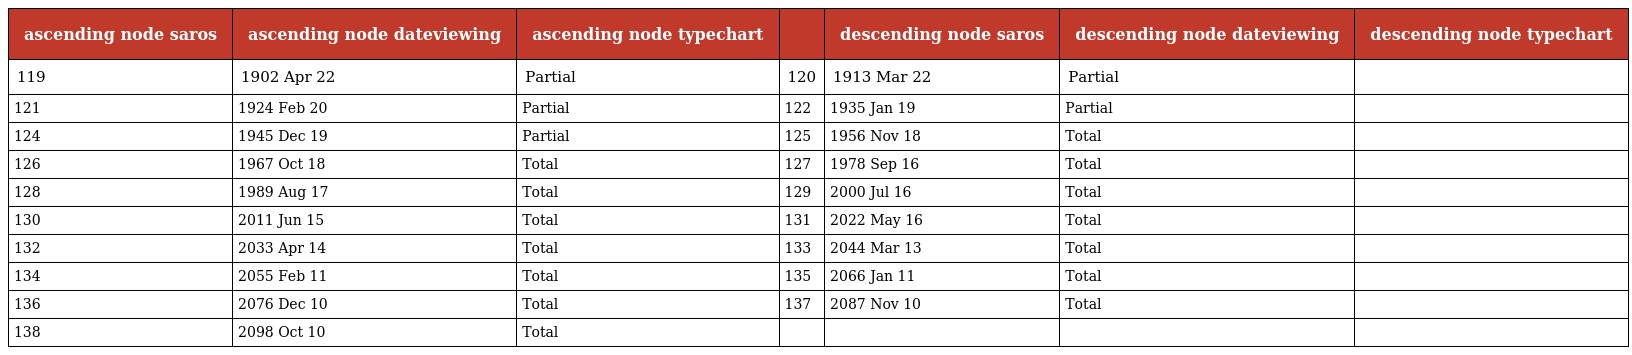
| ascending node saros | ascending node dateviewing | ascending node typechart |  | descending node saros | descending node dateviewing | descending node typechart |
 | --- | --- | --- | --- | --- | --- | --- |
 | 119 | 1902 Apr 22 | Partial | 120 | 1913 Mar 22 | Partial |  |
 | 121 | 1924 Feb 20 | Partial | 122 | 1935 Jan 19 | Partial |  |
 | 124 | 1945 Dec 19 | Partial | 125 | 1956 Nov 18 | Total |  |
 | 126 | 1967 Oct 18 | Total | 127 | 1978 Sep 16 | Total |  |
 | 128 | 1989 Aug 17 | Total | 129 | 2000 Jul 16 | Total |  |
 | 130 | 2011 Jun 15 | Total | 131 | 2022 May 16 | Total |  |
 | 132 | 2033 Apr 14 | Total | 133 | 2044 Mar 13 | Total |  |
 | 134 | 2055 Feb 11 | Total | 135 | 2066 Jan 11 | Total |  |
 | 136 | 2076 Dec 10 | Total | 137 | 2087 Nov 10 | Total |  |
 | 138 | 2098 Oct 10 | Total |  |  |  |  |